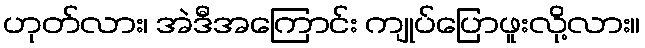
ဟုတ်လား၊ အဲဒီအကြောင်း ကျုပ်ပြောဖူးလို့လား။